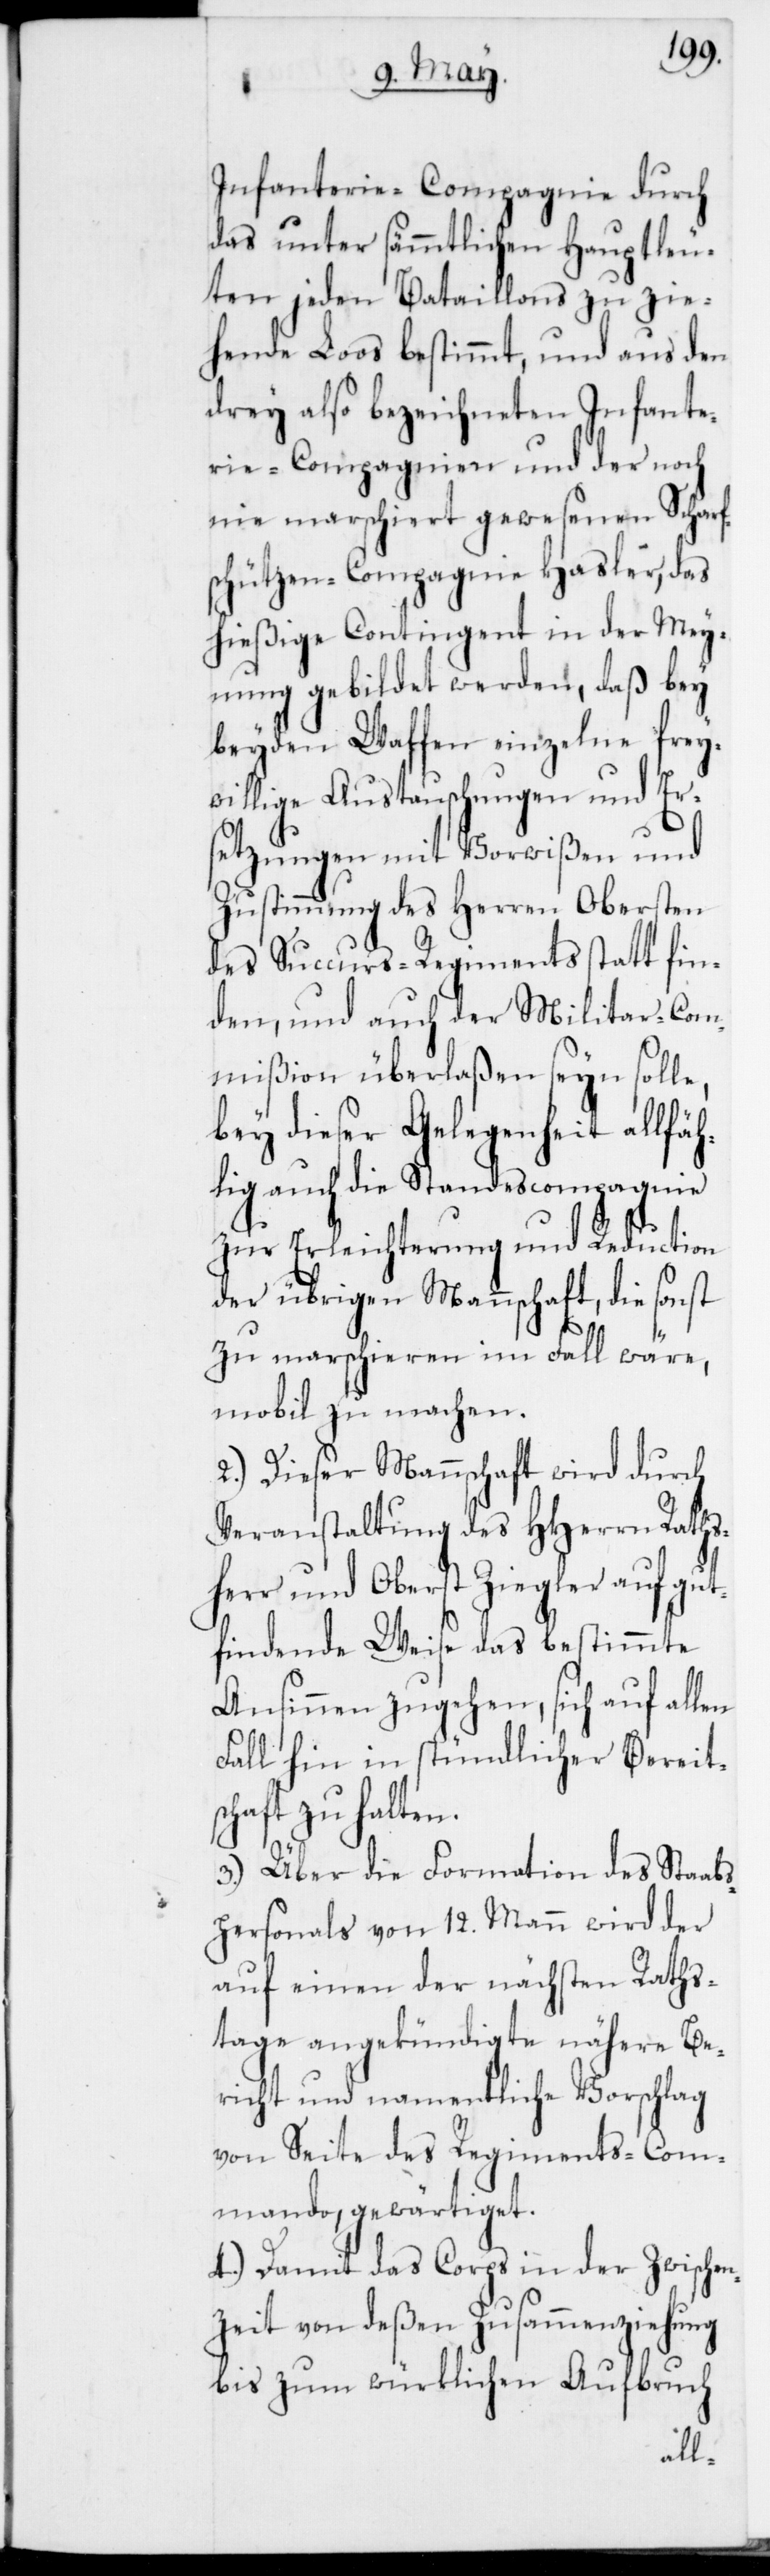
Infanterie-Compagnie durch
das unter sämmtlichen Hauptleu¬
ten jeden Bataillons zu zie¬
hende Loos bestimmt, und aus den
drey also bezeichneten Infante¬
rie-Compagnien und der noch
nie marschiert gewesenen Scharf¬
schützen-Compagnie Hasler, das
hießige Contingent in der Mey¬
nung gebildet werden, daß bey
beyden Waffen einzelne frey¬
willige Austauschungen und Er¬
setzungen mit Vorwißen und
Zustimmung des Herrn Obersten
des Succurs-Regiments statt fin¬
den, und auch der Militair-Com¬
mißion überlaßen seyn solle,
bey dieser Gelegenheit allfäh¬
lig auch die Standescompagnie
zur Erleichterung und Reduction
der übrigen Mannschaft, die sonst
zu marschieren im Fall wäre,
mobil zu machen.
2.) Dieser Mannschaft wird durch
Veranstaltung des HHerrn Raths¬
herr und Oberst Ziegler auf gut¬
findende Weise das bestimmte
Ansinnen zugehen, sich auf allen
Fall hin in stündlicher Bereit¬
schaft zu halten.
3.) Über die Formation des Staabs¬
personals von 12. Mann wird der
auf einen der nächsten Raths¬
tage angekündigte nähere Be¬
richt und namentliche Vorschlag
von Seite des Regiments-Com¬
mando gewärtiget.
4.) Damit das Corps in der Zwische¬
nzeit von deßen Zusammenziehung
bis zum würklichen Aufbruch